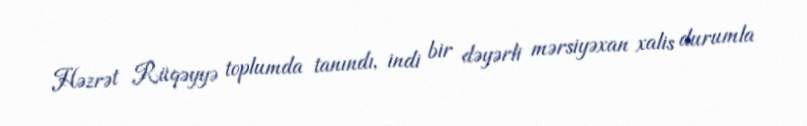
Həzrət Rüqəyyə toplumda tanındı, indi bir dəyərli mərsiyəxan xalis durumla